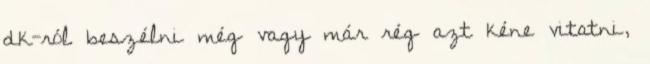
dk-ról beszélni még vagy már rég azt kéne vitatni,